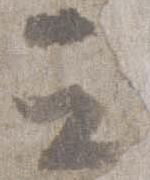
云